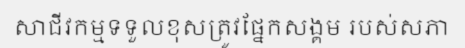
សាជីវកម្មទទួលខុសត្រូវផ្នែកសង្គម របស់សភា